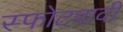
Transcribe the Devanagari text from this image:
स्फोटवादी